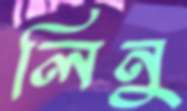
লিনু